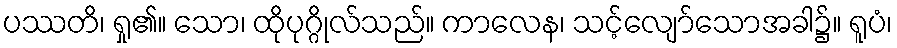
ပဿတိ၊ ရှု၏။ သော၊ ထိုပုဂ္ဂိုလ်သည်။ ကာလေန၊ သင့်လျော်သောအခါ၌။ ရူပံ၊